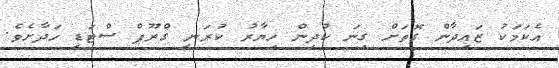
އެކަމަކު ޒައިދާން ގޮތަށް ގިނަ ކުދިން ހިޔާރު ކުރަނީ ގްރޫޕް ސްޓަޑީ ހަދާށެވެ.